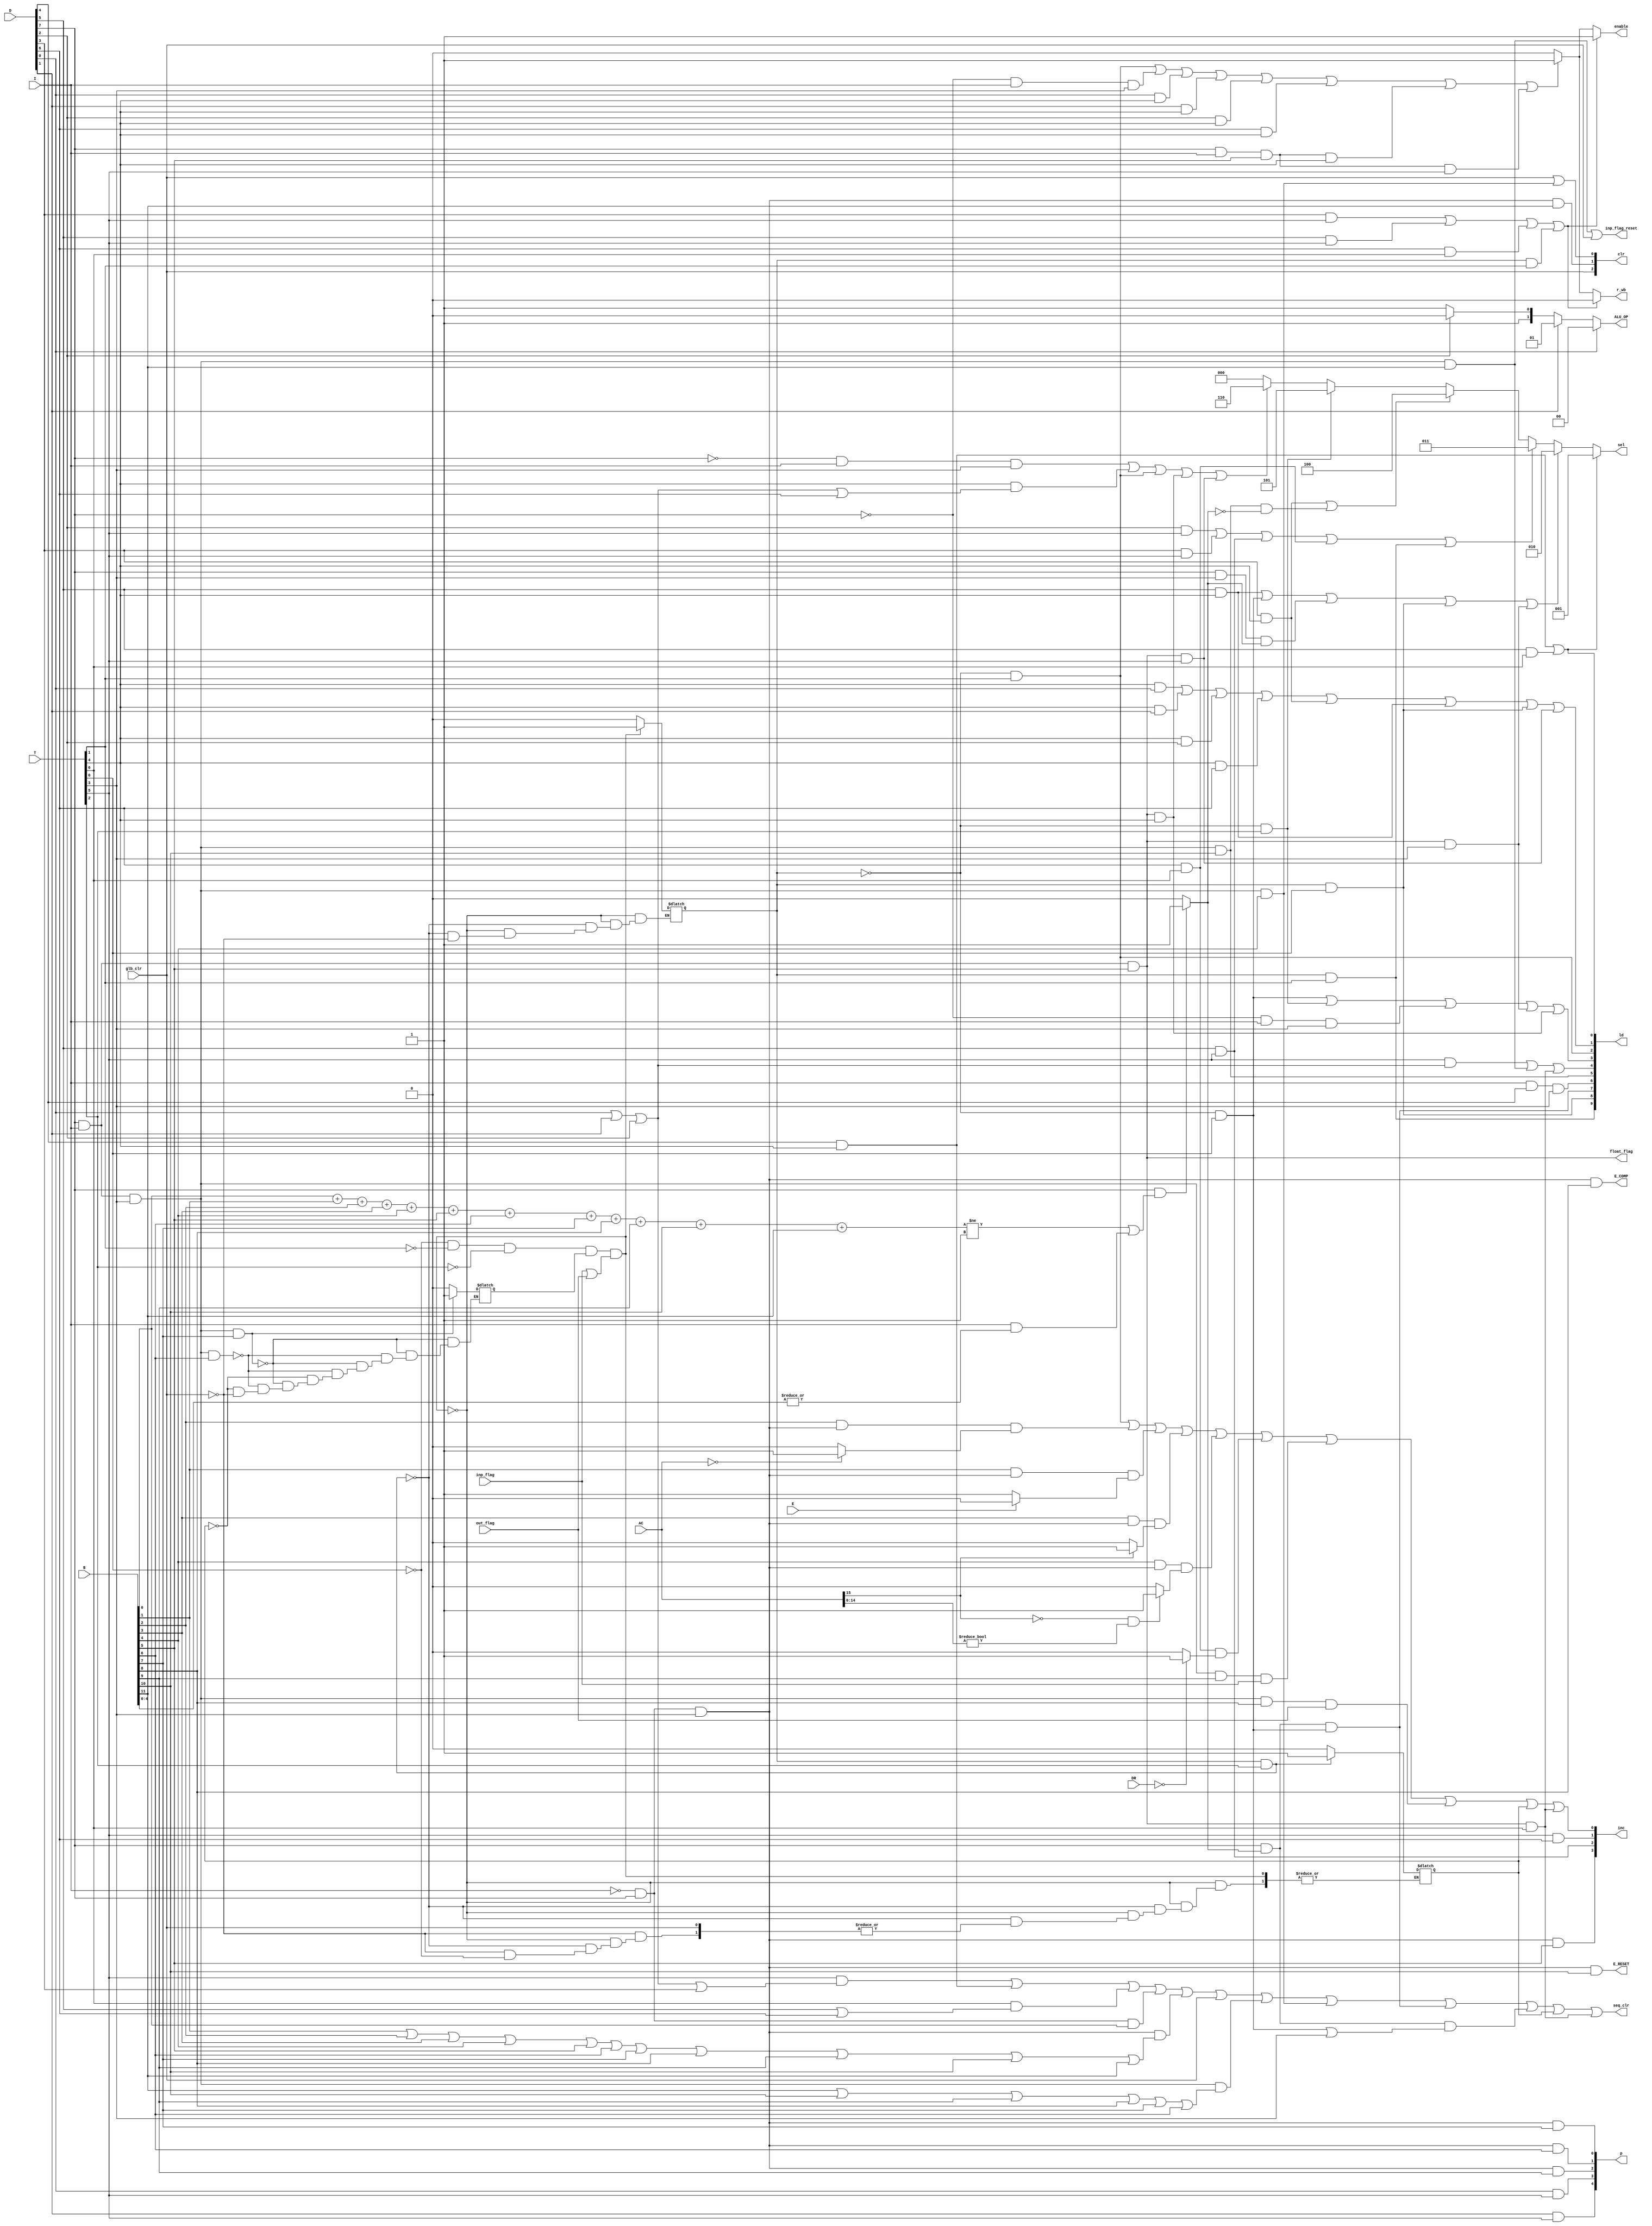
module top_control_unit(D, T, B, I, E, p, DR, AC, ld, clr, inc, r_wb, enable, sel, seq_clr, glb_clr, E_RESET, E_COMP, ALU_OP,inp_flag_reset,inp_flag,out_flag,float_flag);

// list of inputs 
input [7:0] D;
input [6:0] T;
input [11:0] B;
input I, E, glb_clr;
input [15:0] DR;
input [15:0] AC;
input inp_flag; //input flag
input out_flag; //out flag

// list of outputs
output [9:0] ld; 		 	    // all regs  ld[8] to load reserved addr of AR and ld[9] to load reserved addr of AR 
output [2:0] clr; 		 	 // AC
output [3:0] inc; 			 // all except IR
output [4:0] p; 			    // for ALU control
output reg r_wb,enable;  	 // controls of memory
output [2:0] sel; 	 	 	 // control of data-bus
output wire seq_clr; 	 	 // clearing of sequencer
output E_RESET, E_COMP;		 // for E control in ALU
output [1:0] ALU_OP;
output inp_flag_reset; 		 // input flag reset
output float_flag;

//float_flag
assign float_flag=D[7]&I&B[5];

// list of internal signals
wire [4:0] W,y;
wire [5:0] x; 
wire r,DIT;
wire wrong_inst;
wire error_halt;

reg R , IEN , R1; //two flip flop R: choose instruction or interrupt  IEN: interrupt enable 

assign ALU_OP = (D[0])?2'b00:
					 (D[1])?2'b01:
					 (D[2])?2'b10:   //DR transition
					  2'b11; 	     //AC transition

// module implementation
assign r = (~I & D[7] & T[3]);  // definiation of r
assign DIT = I & D[7] & T[3] ;
assign wrong_inst = (D[7]&(((B[0]+B[1]+B[2]+B[3]+B[4]+B[5]+B[6]+B[7]+B[8]+B[9]+B[10]+B[11])!=1) | (I&(|B[4:0]))))? 1'b1:1'b0;

assign error_halt = D[7] & wrong_inst;

// control of pc 		
assign W[0] = (AC == 0) ? 1'b1 : 1'b0 ;					
assign y[0] = (B[2] & r & W[0]);
assign W[1] = (E == 0 ) ? 1'b1 : 1'b0 ;
assign y[1] = (B[1] & r & W[1]);
assign W[2] = (AC[15] == 1 ) ? 1'b1 : 1'b0 ;
assign y[2] = (B[3] & r & W[2]);
assign W[3] = ((AC[15] == 0) && (AC[14:0]!=0)) ? 1'b1 : 1'b0 ;
assign y[3] = (B[4] & r & W[3]);
assign W[4] = (DR == 0) ? 1'b1 : 1'b0 ;
assign y[4] = (D[6] & T[6] & W[4]);

assign inc[0] = ((~R&T[1]) | y[0] | y[1] | y[2] | y[3] | y[4] | (DIT&B[9]&inp_flag) | (DIT&B[8]&out_flag) | R1|(D[7]&I&B[5]&T[6]));// inc[0] for PC increment
assign ld[0] = ((T[4] & D[4]) | (T[6] & D[5])); 	    												            // ld[0] for PC load
assign clr[0] = (glb_clr) | (D[7] & I & T[3] & B[4]); 															   // clr[0] for PC clear
assign ld[9] = R & T[1];

// control of DR
assign ld[1] = ((T[4]&D[0]) | (T[4]&D[1]) | (T[4]&D[2]) | (T[4]&D[6])| (T[4]&D[3]) | (T[4]&D[5]) | (R&T[0])|(D[7]&I&B[5]&T[5]));     // ld[1] for DR load
assign inc[1] = (T[5] & D[6]);						 														             // inc[1] for DR increment

//control of IR
assign ld[2] = ~R&T[1]; // ld[2] for IR load 

//control of AR 
assign ld[3] = ((~R&T[0]) | (~R&T[2]) | (!D[7] & I & T[3])|(D[7]&I&B[5]&T[3])|(D[7]&I&B[5]&T[4])); // ld[3] for AR load
assign inc[2] = (D[5] & T[5]); 					   // inc[2] for AR increment
assign ld[8] = R&T[0];

// control of AC
assign clr[1] = (r & B[11]);    						          // clr for AC clear
assign inc[3] = (r & B[5]);  							          // inc for AC increment
assign ld[4] = (T[5] & (D[0] | D[1] | D[2]) | DIT&B[11]|(D[7]&I&B[5]&T[6])); // ld for AC load

//control of Plus
assign ld[6] = (I&D[4]&T[3]) ; // ld[6] for Plus load 
assign clr[2] = glb_clr;                 //clr[2] for Plus clear

// control of error
assign ld[7] = (error_halt & (~R&T[0]));

//control of memory
always @(T,D,I,R)
	begin
		r_wb = 0;
		enable = 0;
		if ((D[3] && T[5])||(D[5] && T[5])||(D[6] && T[6])||(R && T[1]))
			begin
				r_wb = 0;
				enable = 1;
			end
		else if ((~R&T[1])||(!D[7] && I && T[3])||(D[0] && T[4])||(D[1] && T[4])||(D[2] && T[4])||(D[6] && T[4])||(D[7]&&I&&B[5]&&T[4])||(D[7]&&I&&B[5]&&T[5]))
			begin
				r_wb = 1;
				enable = 1;
			end
		else 
			enable = 0;
	end				

// control of encoder of data bus 
	 assign x[0] = ((D[4] & T[4]) | (D[5] & T[6])); 								           // AR
	 assign x[1] = ((D[5] & T[4]) | (~R&T[0]) | (D[7] & T[3] & wrong_inst) | (R&T[0])|(D[7]&I&B[5]&T[3]));		  // PC
	 assign x[2] = ((D[2] & T[5]) | (D[3] & T[5]) | (D[5] & T[5]) |(D[6] & T[6]) | (R&T[1]));  // DR
	 assign x[3] = (D[3] & T[4] | ( DIT & B[10] & !wrong_inst ));							  // AC
	 assign x[4] = ~R&T[2];															                    // IR
	 assign x[5] = ((~D[7] & I & T[3]) | (T[4] & (D[0] | D[1] | D[2] | D[6])) | (~R&T[1])|(D[7]&I&B[5]&T[4])|(D[7]&I&B[5]&T[5])); // MEM
	
	 assign sel = (x[0]) ? (3'b001):
				     (x[1]) ? (3'b010):
				     (x[2]) ? (3'b011):
				     (x[3]) ? (3'b100):
                 (x[4]) ? (3'b101):
                 (x[5]) ? (3'b110):
                  3'b000; 

// control of sequencer
	assign seq_clr = ((T[5] & (D[0] | D[1] | D[2] | D[3])) |
					  (D[4] & T[4]) | (T[6] & (D[5] | D[6])) | 
					  (((~I)&(D[7])) & B[0]) | (r & (B[1] | B[2] | B[3] | B[4] | B[5] | B[6] | B[7] | B[8] | B[9] | B[10] | B[11]))
					  | glb_clr |  DIT&(B[11]|B[10]|B[9]|B[8]|B[7]|B[6]) | (D[7] & I & T[3] & B[4]) | ld[7] | (error_halt & ((~R&T[0]) | T[3])) | R1|(D[7]&I&B[5]&T[6]));

// control of INPR
	assign inp_flag_reset = ((DIT & B[11]) | glb_clr);
	
// control of OUTR
	assign ld[5] = DIT & B[10];		 // ld[5] for OUTR

// control of R
	always @(T,R,R1,glb_clr,IEN,inp_flag,out_flag)begin
		if( (~T[0]&~T[1]&~T[2]) & IEN & (inp_flag|out_flag))	R =1'b1;
		else if(R&T[2])begin   //#11 R =0;
			R = 1'b0;
			R1 = 1'b1;
		end
		else if(glb_clr)	R =1'b0;
		else if(T[0])	R1 =1'b0;
	end
// control of IEN
	always @(T,D,I,B,R1,glb_clr,DIT,IEN)begin		
		if(DIT&B[7])			IEN =1'b1;
		else if(DIT&B[6])		IEN =1'b0;
		else if(R1)				IEN =1'b0;
		else if(glb_clr)		IEN =1'b0;
	end 
// control of ALU
	assign E_RESET = (r & B[10]);    //  CLE		
	assign E_COMP  = (r & B[8]);     //  CME		
	assign p[0]    = (r & B[7]);     //  CIR
	assign p[1]    = (r & B[6]);     //  CIL
	assign p[2]    = (r & B[9]); 	   //  CMA		
	assign p[3]    = (D[0] & T[5]);  //  AND	
	assign p[4]    = (D[1] & T[5]);  //  ADD
	
endmodule